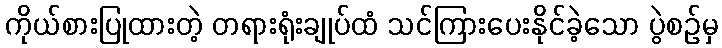
ကိုယ်စားပြုထားတဲ့ တရားရုံးချုပ်ထံ သင်ကြားပေးနိုင်ခဲ့သော ပွဲစဉ်မှ